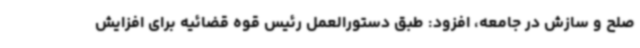
صلح و سازش در جامعه، افزود: طبق دستورالعمل رئیس قوه قضائیه برای افزایش